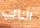
النائب